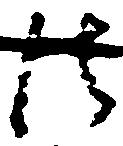
法